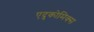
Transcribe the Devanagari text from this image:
एदुकोमिक्स